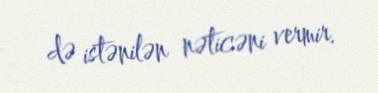
də istənilən nəticəni vermir.